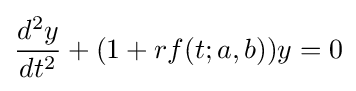
{\frac {d^{2}y}{dt^{2}}}+(1+rf(t;a,b))y=0